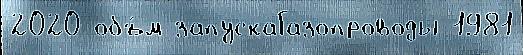
2020 объ́м запускаГазопроводы 1981